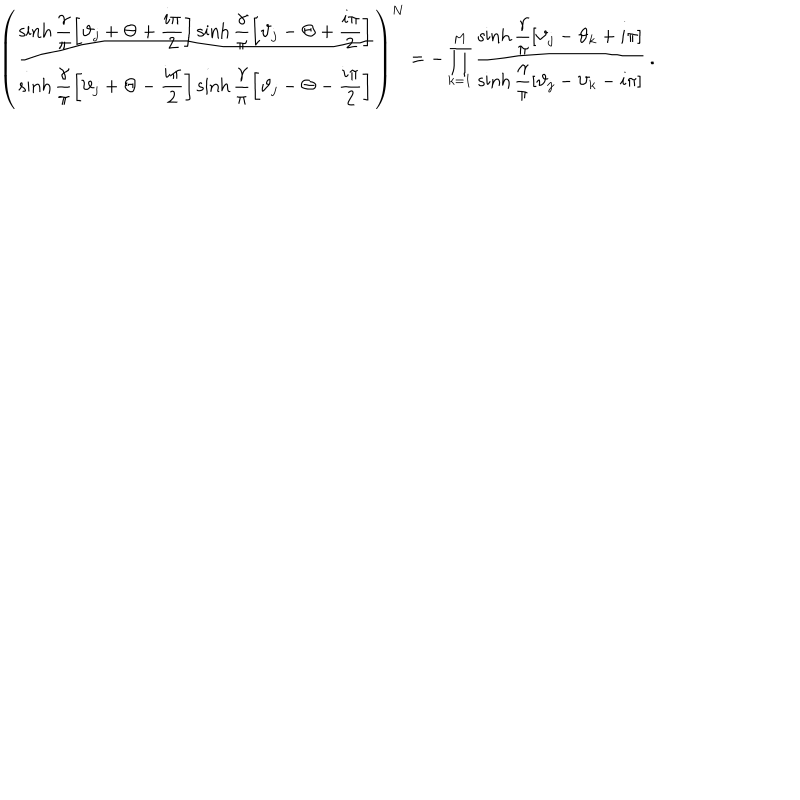
LaTeX: \left( \displaystyle \frac { \sinh \displaystyle \frac { \gamma } { \pi } \left[ \vartheta _ { j } + \Theta + \displaystyle \frac { i \pi } { 2 } \right] \sinh \displaystyle \frac { \gamma } { \pi } \left[ \vartheta _ { j } - \Theta + \displaystyle \frac { i \pi } { 2 } \right] } { \sinh \displaystyle \frac { \gamma } { \pi } \left[ \vartheta _ { j } + \Theta - \displaystyle \frac { i \pi } { 2 } \right] \sinh \displaystyle \frac { \gamma } { \pi } \left[ \vartheta _ { j } - \Theta - \displaystyle \frac { i \pi } { 2 } \right] } \right) ^ { N } = - \prod _ { k = 1 } ^ { M } \displaystyle \frac { \sinh \displaystyle \frac { \gamma } { \pi } \left[ \vartheta _ { j } - \vartheta _ { k } + i \pi \right] } { \sinh \displaystyle \frac { \gamma } { \pi } \left[ \vartheta _ { j } - \vartheta _ { k } - i \pi \right] } \: .